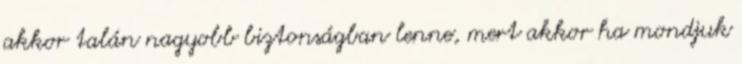
akkor talán nagyobb biztonságban lenne, mert akkor ha mondjuk